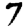
Digit: 7